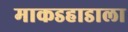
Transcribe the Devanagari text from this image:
माकडहाडाला